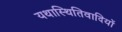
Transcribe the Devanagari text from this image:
यथास्थितिवादियों